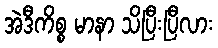
အဲဒီကိစ္စ မာနာ သိပြီးပြီလား